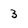
Character: 3